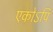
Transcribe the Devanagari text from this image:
एकोऽपि